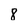
Character: 8